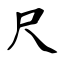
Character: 尺